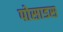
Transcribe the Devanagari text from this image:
पोसाडस